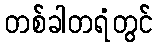
တစ်ခါတရံတွင်